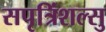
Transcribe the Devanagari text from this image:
सपृत्रिंशल्सु